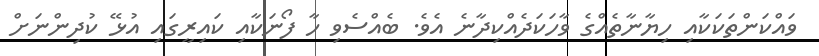
ވައްކަންތަކަކާއި ހިޔާނާތެއްގެ ވާހަކަދެއްކިދާނެ އެވެ. ބެއްސެވި ހާ ފޯނަކާއި ކައިރީގައި އުޅޭ ކުދިންނަށް